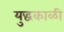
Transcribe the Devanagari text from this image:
युद्धकाळी